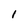
Character: 1